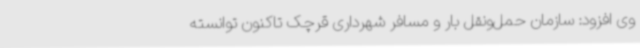
وی افزود: سازمان حمل‌ونقل بار و مسافر شهرداری قرچک تاکنون توانسته